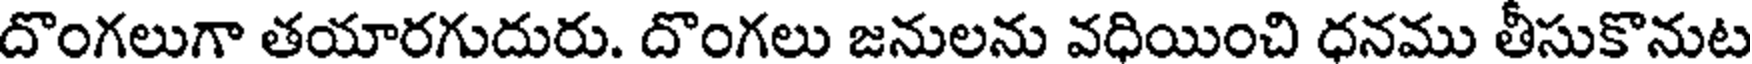
దొంగలుగా తయారగుదురు. దొంగలు జనులను వధియించి ధనము తీసుకొనుట